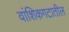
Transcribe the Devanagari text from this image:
वांशिकगटातील